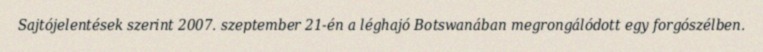
Sajtójelentések szerint 2007. szeptember 21-én a léghajó Botswanában megrongálódott egy forgószélben.